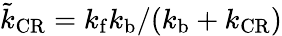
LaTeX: \tilde{k}_{\mathrm{CR}}=k_{\mathrm{f}}k_{\mathrm{b}}/(k_{\mathrm{b}}+k_{\mathrm{CR}})